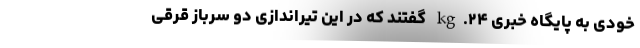
خودی به پایگاه خبری ۲۴.kg گفتند که در این تیراندازی دو سرباز قرقی